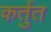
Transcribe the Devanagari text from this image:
कर्तुत